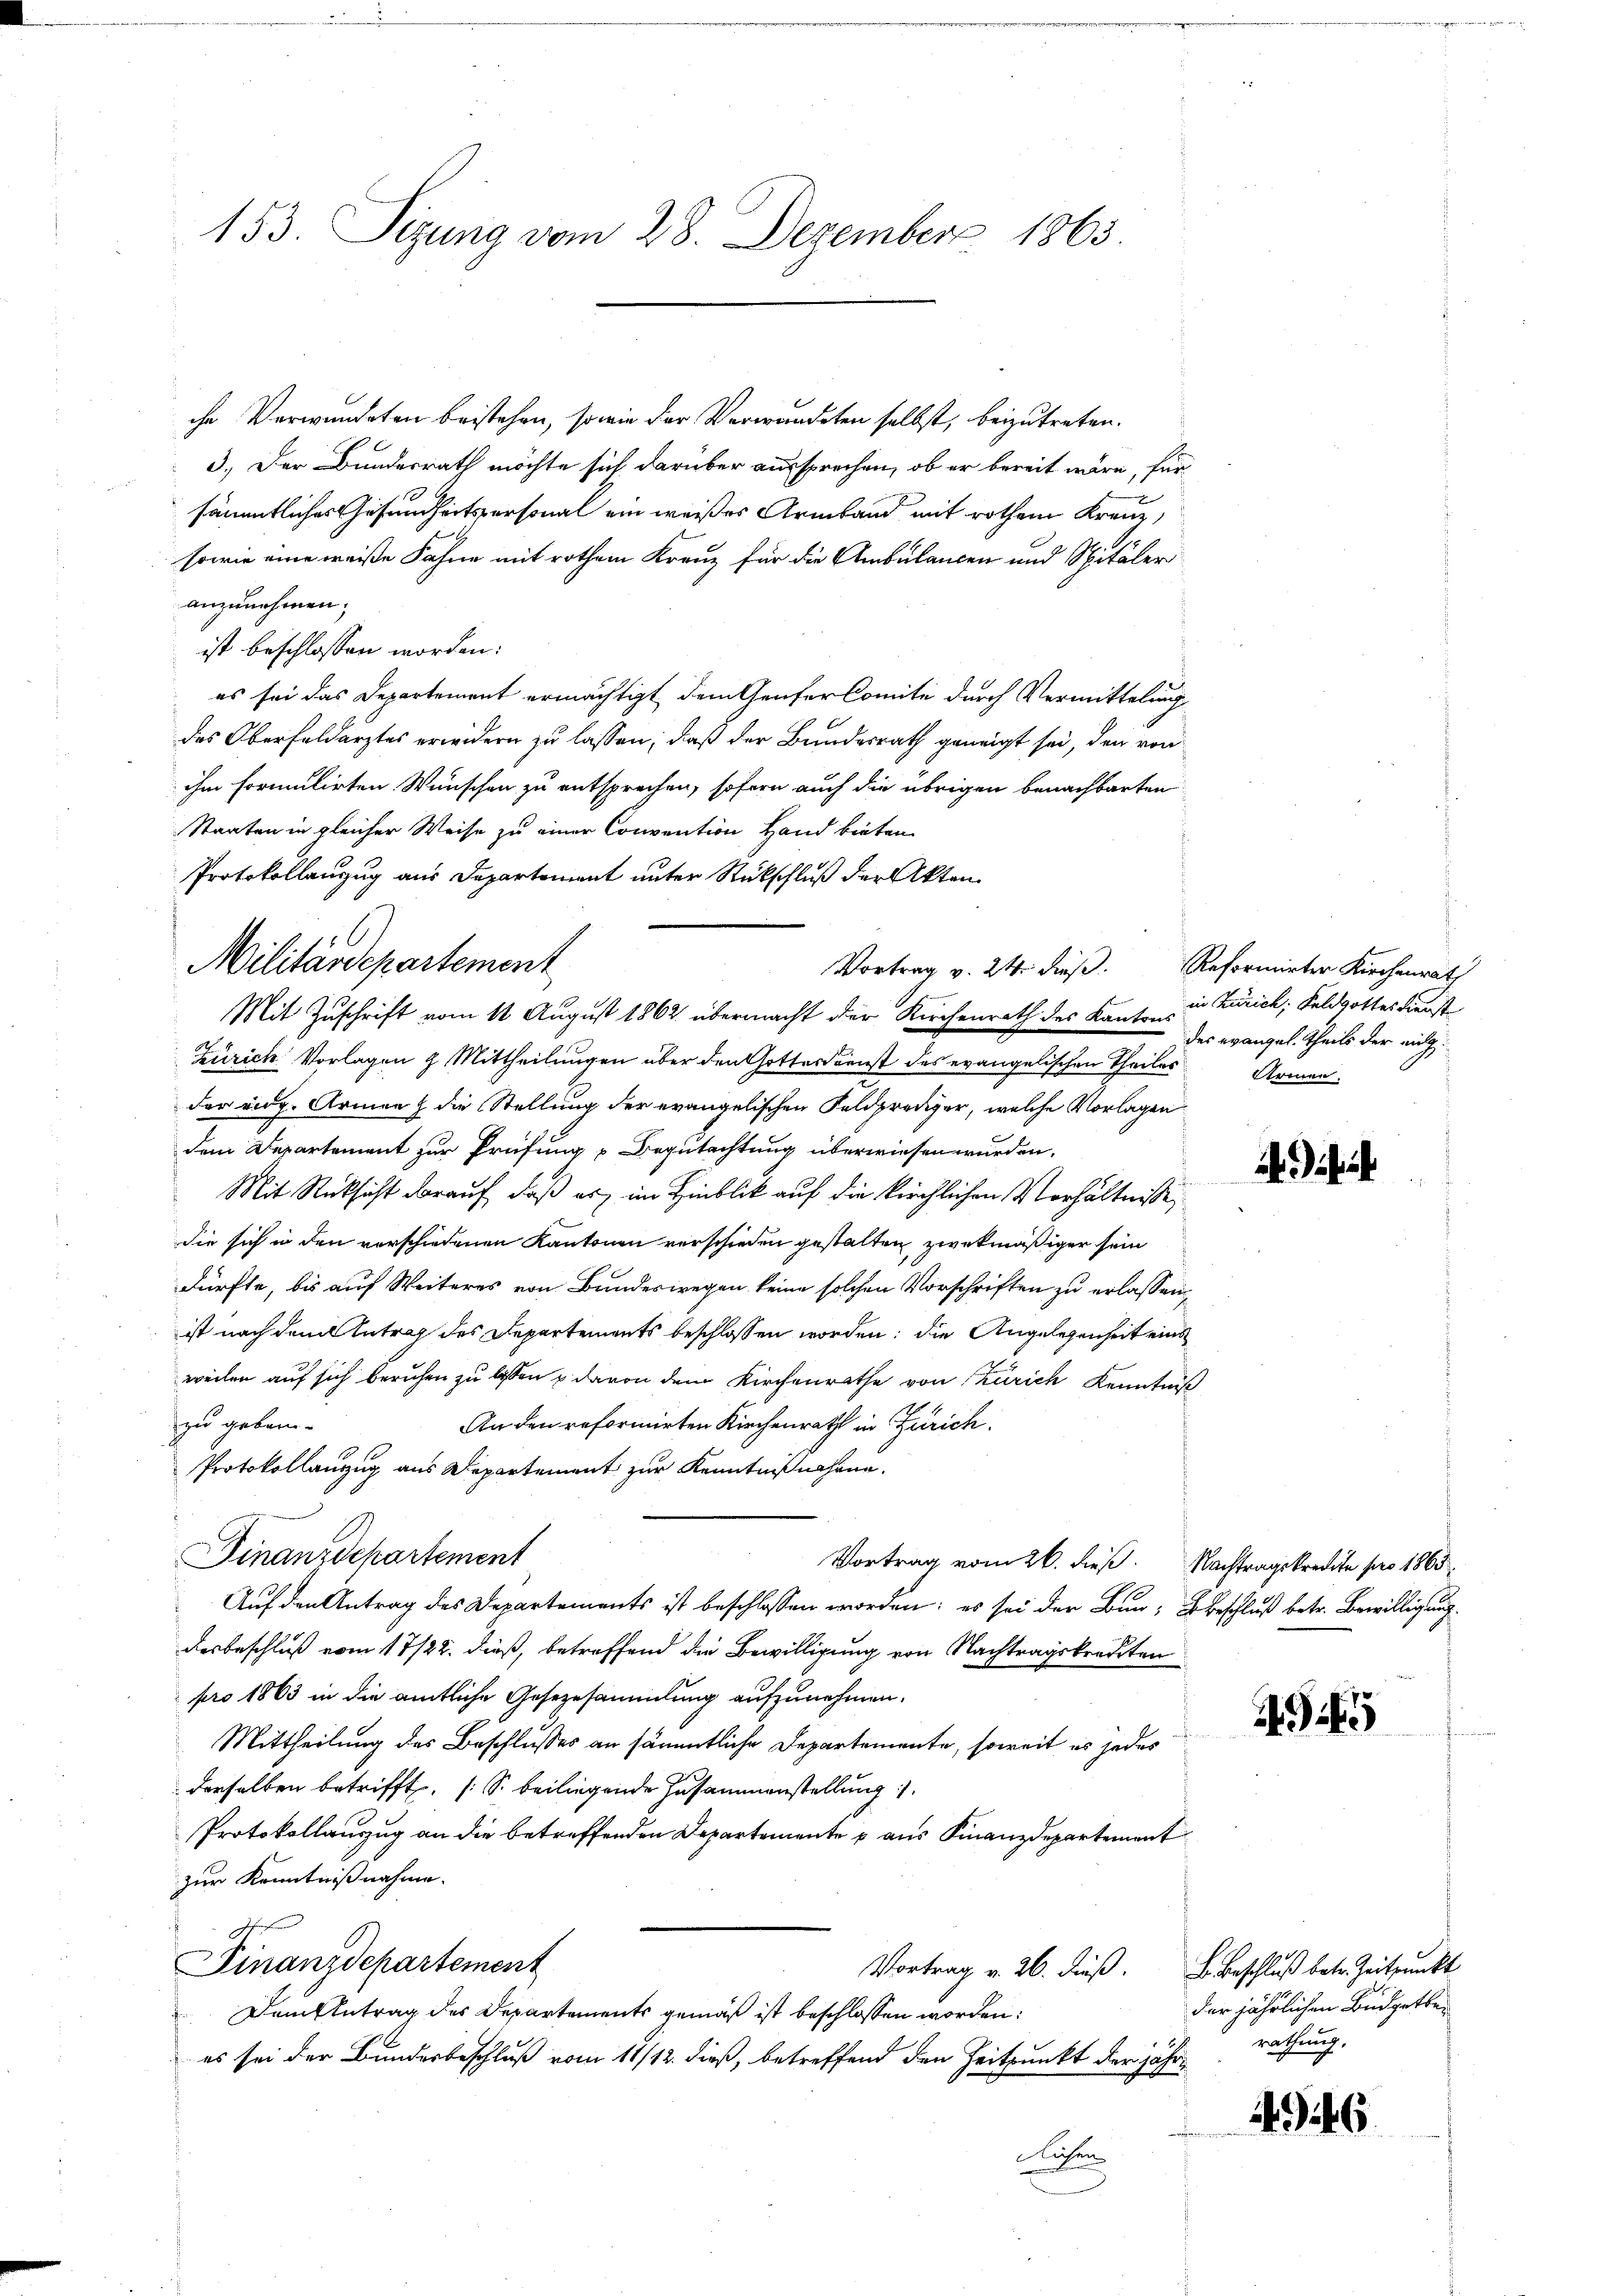
153. Sizung vom 28. Dezember 1863.

Militärdepartement

che Verwundeten bestehen, sowie der Verwandeten selbst, beizutreten.
3.) Der Bundesrath möchte sich darüber aussprechen, ob er bereit wäre, fürsämmtliches Gesundheitspersonal ein weißes Armband mit rothem Kreuz,
sowie eine weise Fahne mit rothem Kranz für die Ambulancen und Spitäler
anzunehmen;
ist beschlossen worden:
es sei das Departement ermächtigt, dem Genfer Comite durch Vermittelung
des Oberfeldärztes erwidern zu lassen, daß der Bundesrath geneigt sei, den von
ihm formulirten Wünschen zu entsprechen, sofern auch die übrigen benachbarten
Staaten in gleicher Weise zu einer Convention Hand bieten
Protokollenzug aus Departement unter Rückschluß der Akten
Zürich Vorlagen 9 Mittheilungen über den Gottesdienst des evangelischen Theiles
der eidg. Armen & die Stellung der evangelischen Feldprediger, welche Vorlagen
dem Departement zur Prüfung Begutachtung überwiesen wurden.
Mit Rücksicht darauf, daß es im Hinblick auf die kirchlichen Verhältnisse,
die sich in den vorschiedenen Kantonen verschieden gestalten zwekmäßiger sein
dürfte, bis auf Weiteres von Bundeswegen keine solchen Vorschriften zu erlassen
ist nach dem Antrag des Departements beschlossen worden; die Angelegenheit eins
weilen auf sich beruhen zu lassen u davon dem Kirchenrathe von Zürich Kenntniß
zu geben.
An den reformirten Kirchenrath in Zürich.
Protokollanzug aus Departement zur Kenntnißnahme.
Finanzdepartement
Vortrag vom 26. dieß. Nachtragskredite pro 1863.
Auf den Antrag des Departements ist beschlossen worden: es sei der Bern, Beschluß betr. Bewilligung
desbeschluß vom 17/22. dieß, betreffend die Bewilligung von Nachtragskrediten
pro 1863 in die amtliche Gesezesammlung aufzunehmen.
Mittheilung des Beschlusses an sämmtliche Departemente, soweit es jedes
derselben betrifft. (S. beiliegende Zusammenstellung.
Protokollauszug an die betreffenden Departemente p aus Finanzdepartement
zur Kenntnißnahme.
Finanzdepartement
Vortrag v. 26. dieß. Beschluß betr. Zeitpunkt
Dem Antrag des Departements gemäß ist beschlossen worden:
es sei der Bundesbeschluß vom 11/12. dieß, betreffend den Zeitpunkt der jähr¬
Kichen

Mit Zuschrift vom 14 August 1862 übermacht der Kirchenrath des Kanton in Zürich, Feldgottesdienst

Vortrag v. 24. dieβ. Reformirter Kirchenrat

des evangel. Theils der eig¬
Armen.

45

der jährlichen Büdgetbe
rathung,

4946